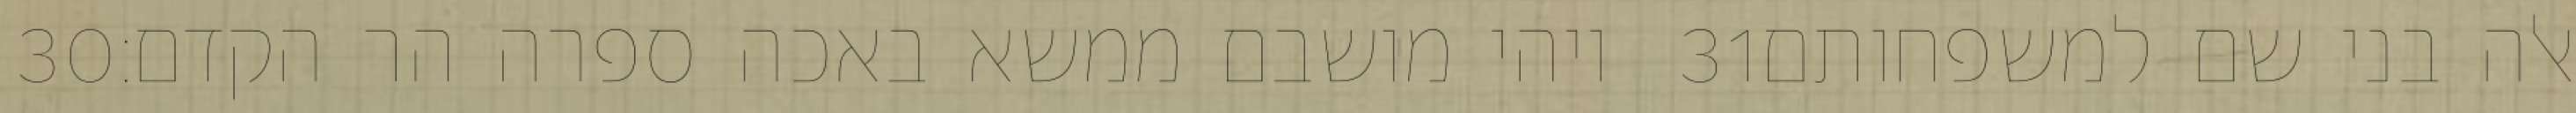
‎30‏ ויהי מושבם ממשא באכה ספרה הר הקדם׃ ‎31‏ אלה בני שם למשפחותם